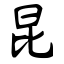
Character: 昆